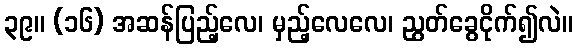
၃၉။ (၁၆) အဆန်ပြည့်လေ၊ မှည့်လေလေ၊ ညွတ်ခွေငိုက်၍လဲ။